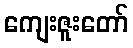
ကျေးဇူးတော်